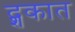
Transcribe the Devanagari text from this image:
द्शकात